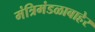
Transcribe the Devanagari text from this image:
मंत्रिमंडळाबाहेर